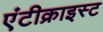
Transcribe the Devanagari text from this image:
एंटीक्राइस्ट